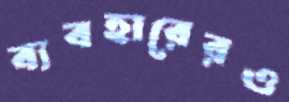
ব্যবহারেরও